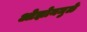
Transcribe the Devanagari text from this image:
ओझोनमुळे